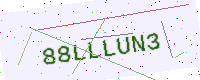
Text: 88LLLUN3